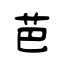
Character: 芭